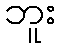
ဘူး